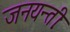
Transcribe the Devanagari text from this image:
जनयन्तीः